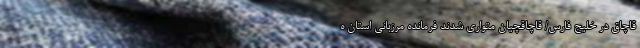
قاچاق در خلیج فارس/ قاچاقچیان متواری شدند فرمانده مرزبانی استان ه